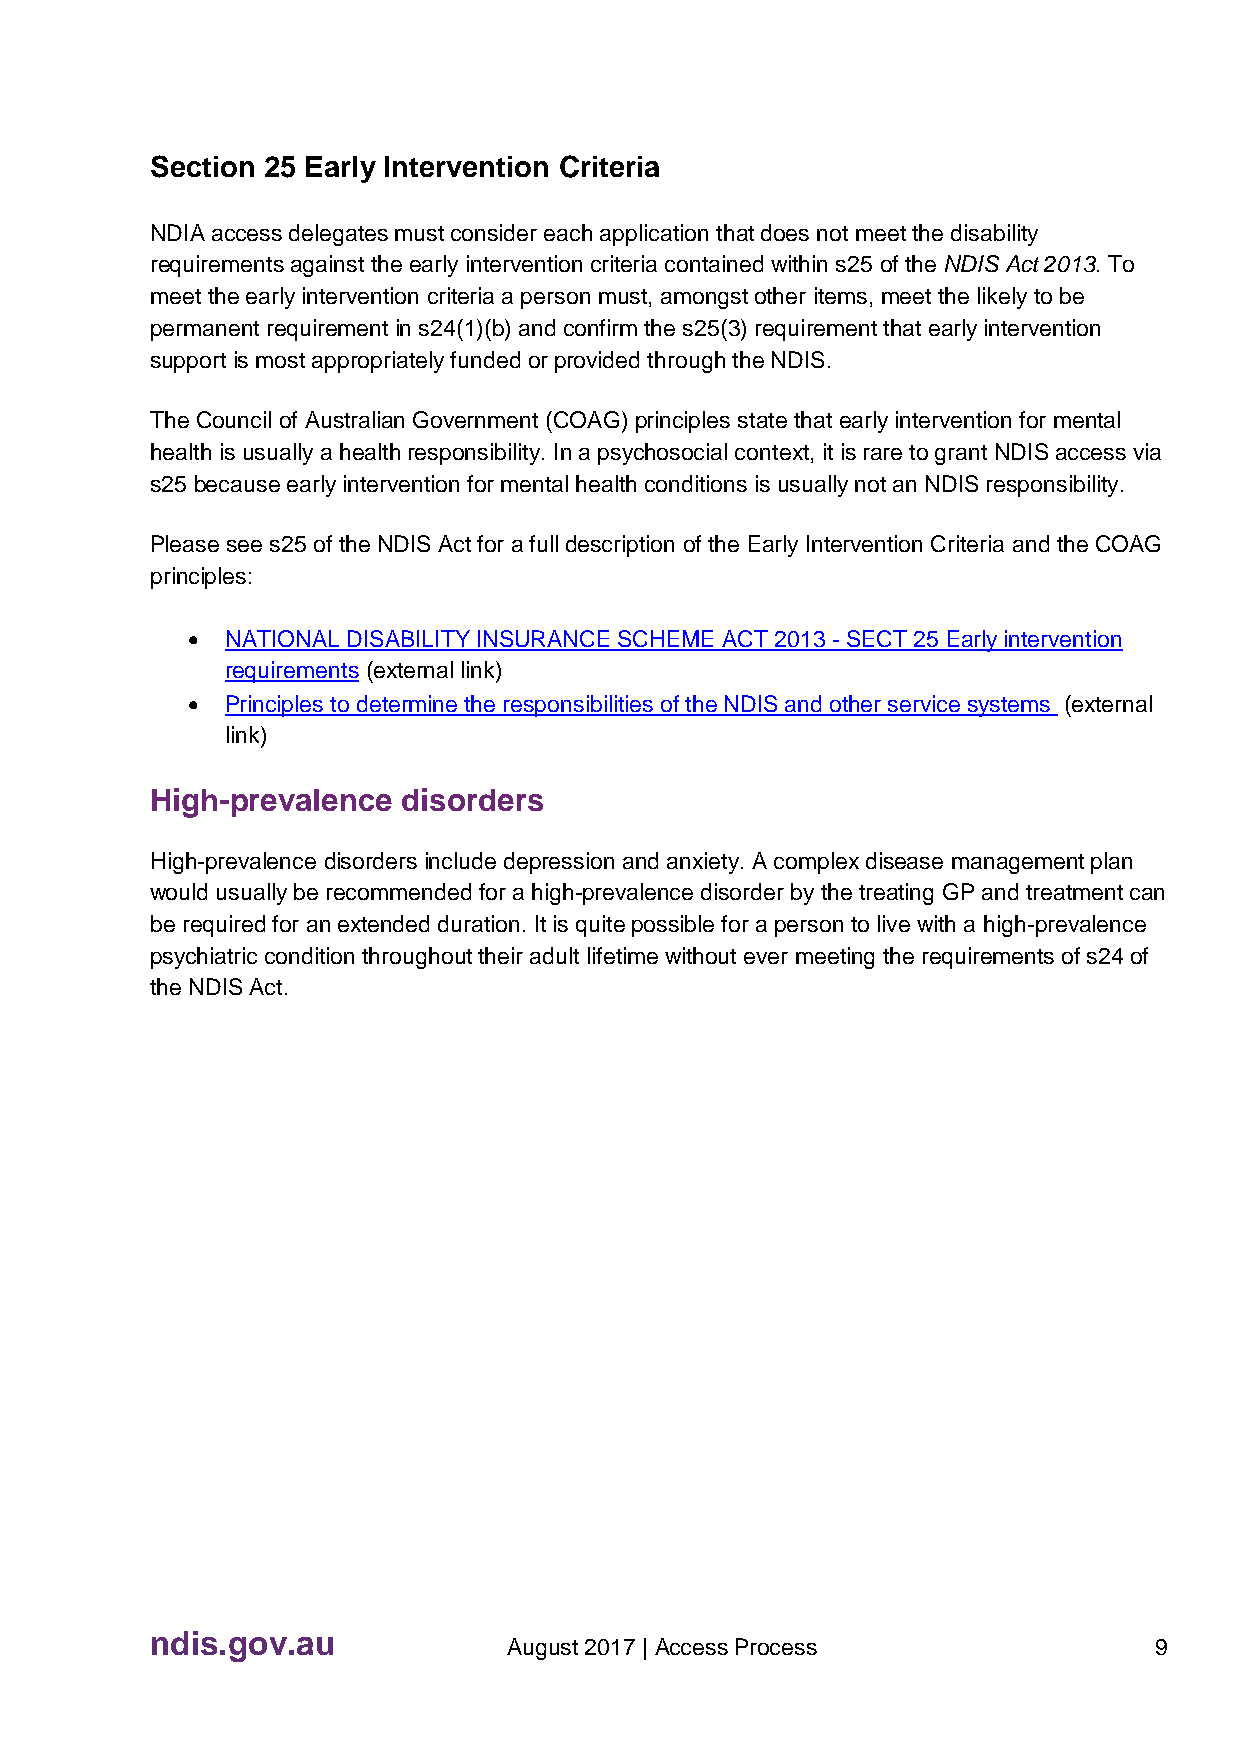
Section 25 Early Intervention Criteria
 NDIA access delegates must consider each application that does not meet the disability
 requirements against the early intervention criteria contained within s25 of the NDIS Act 2013. To
 meet the early intervention criteria a person must, amongst other items, meet the likely to be
 permanent requirement in s24(1)(b) and confirm the s25(3) requirement that early intervention
 support is most appropriately funded or provided through the NDIS.
 The Council of Australian Government (COAG) principles state that early intervention for mental
 health is usually a health responsibility. In a psychosocial context, it is rare to grant NDIS access via
 s25 because early intervention for mental health conditions is usually not an NDIS responsibility.
 Please see s25 of the NDIS Act for a full description of the Early Intervention Criteria and the COAG
 principles:
   NATIONAL DISABILITY INSURANCE SCHEME ACT 2013 - SECT 25 Early intervention
 requirements (external link)
   Principles to determine the responsibilities of the NDIS and other service systems (external
 link)
 High-prevalence  disorders
 High-prevalence disorders include depression and anxiety. A complex disease management plan
 would usually be recommended for a high-prevalence disorder by the treating GP and treatment can
 be required for an extended duration. It is quite possible for a person to live with a high-prevalence
 psychiatric condition throughout their adult lifetime without ever meeting the requirements of s24 of
 the NDIS Act.
 ndis.gov.au
 August 2017 | Access Process              9